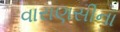
વારાણસીના